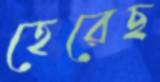
হেরেছ